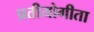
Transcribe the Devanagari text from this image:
प्रतीयोगीता